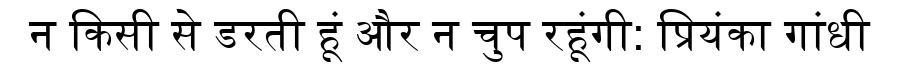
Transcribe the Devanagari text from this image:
न किसी से डरती हूं और न चुप रहूंगी: प्रियंका गांधी